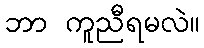
ဘာ ကူညီရမလဲ။